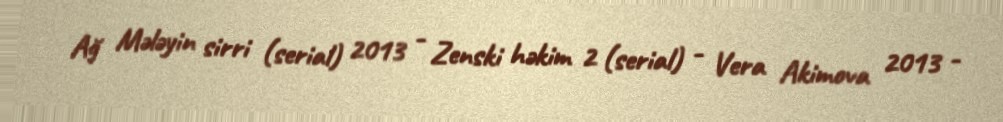
Ağ Mələyin sirri (serial) 2013 - Zenski həkim 2 (serial) - Vera Akimova 2013 -